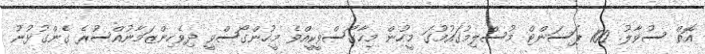
އޮތް ސުވާލު. 100 ޕަސަންޓް މުސްލިމުގައުމުގަ މީހުން މިހާގޯސްވީކީއްވެ މީހުންގޯސްވީ ދިވެހިންޒަމާނުއްސުރެ ގެންގުޅުނު